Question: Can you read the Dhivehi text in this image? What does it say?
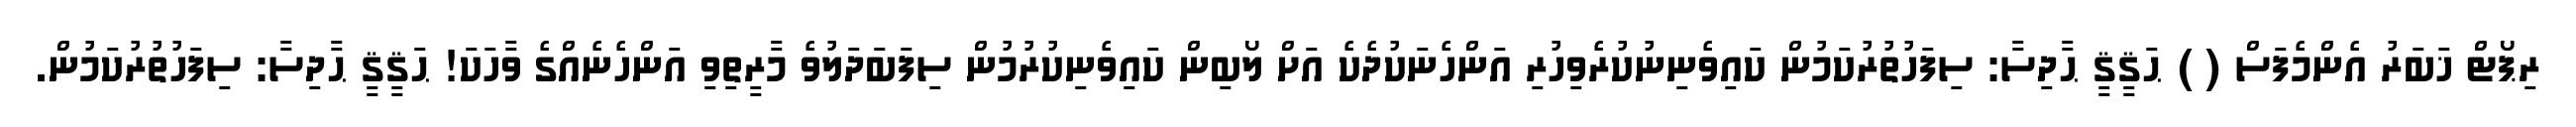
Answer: ރިޕޯޓް ޚަބަރު އެންމެފަސް ( ) ޙަޤީޤީ ޙާދިސާ: ސިފަހުތުރުކަމުން ކައިވެނިނުކުރެވިހުރި އަންހެނަކުދެކެ އަށް ލޯބިން ކައިވެނިކުރުމުން ސިފަބަދަލުވެ މާރީތިވި އަންހެނެއްގެ ވާހަކަ! ޙަޤީޤީ ޙާދިސާ: ސިފަހުތުރުކަމުން.